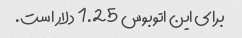
برای این اتوبوس 1.25 دلار است.